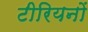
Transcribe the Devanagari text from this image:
टीरियनों